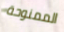
الممنوحة